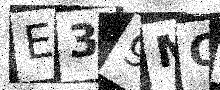
Text: E39MQI